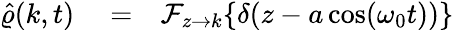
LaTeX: \begin{array}{rlr}{\hat{\varrho}(k,t)}&{{}=}&{\mathcal{F}_{z\rightarrow k}\{ \delta(z-a\cos(\omega_{0}t))\} }\end{array}